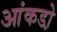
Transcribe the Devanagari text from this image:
आंकडो़